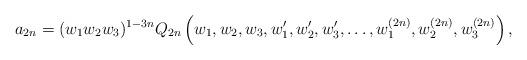
LaTeX: \begin{align*}a_{2n}=(w_1w_2w_3)^{1-3n}Q_{2n}\left(w_1, w_2, w_3, w_1', w_2', w_3', \dots, w_1^{(2n)}, w_2^{(2n)}, w_3^{(2n)}\right ),\end{align*}